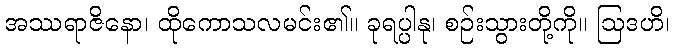
အဿရာဇိနော၊ ထိုကောသလမင်း၏။ ခုရပ္ပါနု၊ စဉ်းသွားတို့ကို။ ဩဒဟိ၊